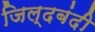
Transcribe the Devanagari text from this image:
जिल्दबंदी